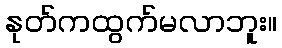
နုတ်ကထွက်မလာဘူး။